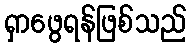
ရှာဖွေရန်ဖြစ်သည်